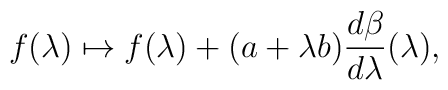
f(\lambda)\mapsto f(\lambda)+(a+\lambda b)\frac{d\beta}{d\lambda}(\lambda),